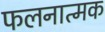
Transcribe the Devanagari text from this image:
फलनात्मक